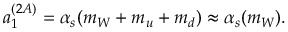
a _ { 1 } ^ { ( 2 A ) } = \alpha _ { s } ( m _ { W } + m _ { u } + m _ { d } ) \approx \alpha _ { s } ( m _ { W } ) .